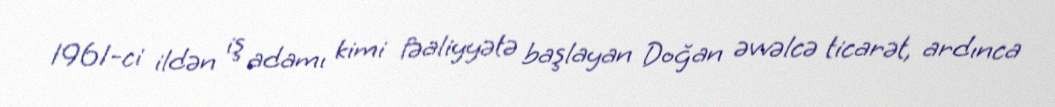
1961-ci ildən iş adamı kimi fəaliyyətə başlayan Doğan əvvəlcə ticarət, ardınca